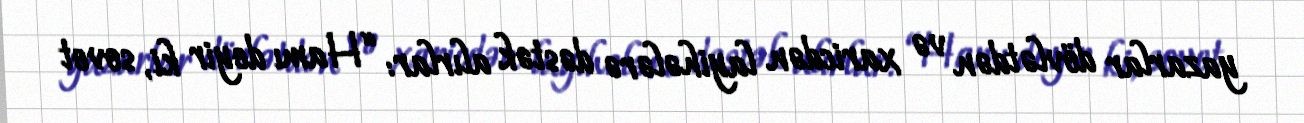
yazarlar dövlətdən və xaricdən layihələrə dəstək alırlar: “Hamı deyir ki, sovet